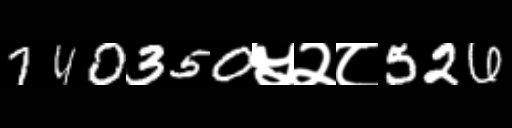
Text: 740350५२८526